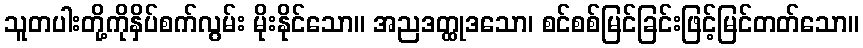
သူတပါးတို့ကိုနှိပ်စက်လွမ်း မိုးနိုင်သော။ အညဒတ္ထုဒသော၊ စင်စစ်မြင်ခြင်းဖြင့်မြင်တတ်သော။